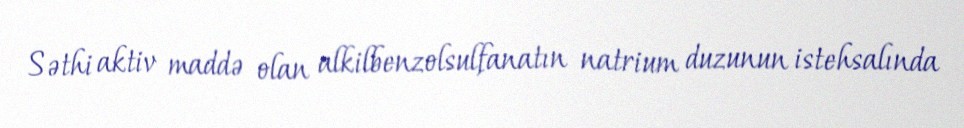
Səthi aktiv maddə olan alkilbenzolsulfanatın natrium duzunun istehsalında